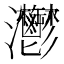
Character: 灪